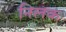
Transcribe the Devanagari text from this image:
निलक